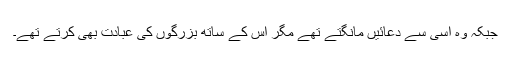
جبکہ وہ اسی سے دعائیں مانگتے تھے مگر اس کے ساتھ بزرگوں کی عبادت بھی کرتے تھے۔